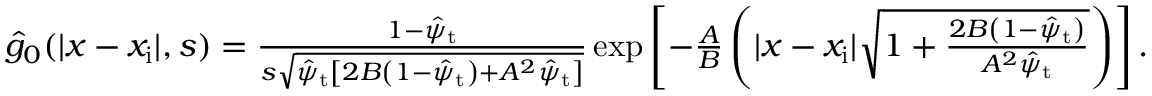
\begin{array} { r } { \hat { g } _ { 0 } ( | x - x _ { \mathrm { i } } | , s ) = \frac { 1 - \hat { \psi } _ { \mathrm { t } } } { s \sqrt { \hat { \psi } _ { \mathrm { t } } \left[ 2 B \left( 1 - \hat { \psi } _ { \mathrm { t } } \right) + A ^ { 2 } \hat { \psi } _ { \mathrm { t } } \right] } } \exp \left[ - \frac { A } { B } \left( | x - x _ { \mathrm { i } } | \sqrt { 1 + \frac { 2 B \left( 1 - \hat { \psi } _ { \mathrm { t } } \right) } { A ^ { 2 } \hat { \psi } _ { \mathrm { t } } } } \right) \right] . } \end{array}